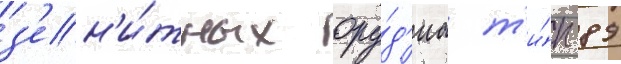
з'ен'и́тных ору́д'иа т'и́п 89